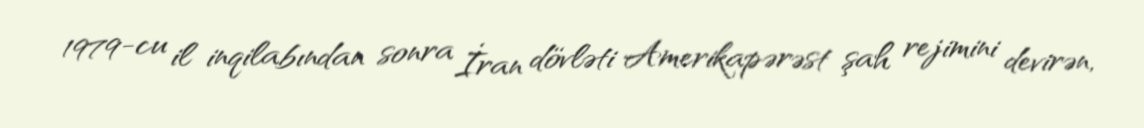
1979-cu il inqilabından sonra İran dövləti Amerikapərəst şah rejimini devirən,